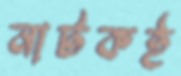
নাটকই